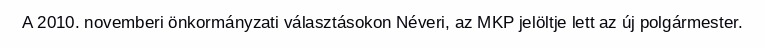
A 2010. novemberi önkormányzati választásokon Néveri, az MKP jelöltje lett az új polgármester.